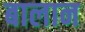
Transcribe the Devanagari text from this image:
बालान